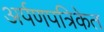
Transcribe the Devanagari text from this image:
अर्पणपत्रिकेत